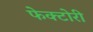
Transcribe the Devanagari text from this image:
फेक्टोरी